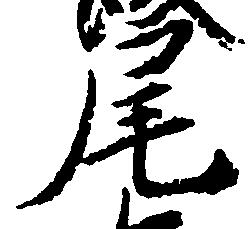
尾